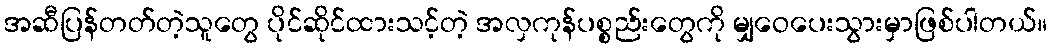
အဆီပြန်တတ်တဲ့သူတွေ ပိုင်ဆိုင်ထားသင့်တဲ့ အလှကုန်ပစ္စည်းတွေကို မျှဝေပေးသွားမှာဖြစ်ပါတယ်။